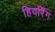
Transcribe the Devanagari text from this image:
हियरिंग